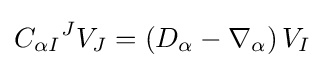
{C_{\alpha I}}^{J}V_{J}=\left(D_{\alpha }-\nabla _{\alpha }\right)V_{I}